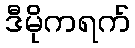
ဒီမိုကရက်